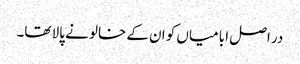
در اصل ابا میاں کو ان کے خالو نے پالا تھا۔